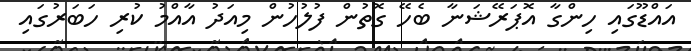
އައްޑޫގައި ހިންގާ އޮޕަރޭޝަނާ ބެހޭ ގޮތުން ފުލުހުން މިއަދު އާއްމު ކުރި ހަބަރުގައި